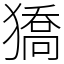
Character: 獢